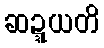
ဆဍ္ဍယတိ